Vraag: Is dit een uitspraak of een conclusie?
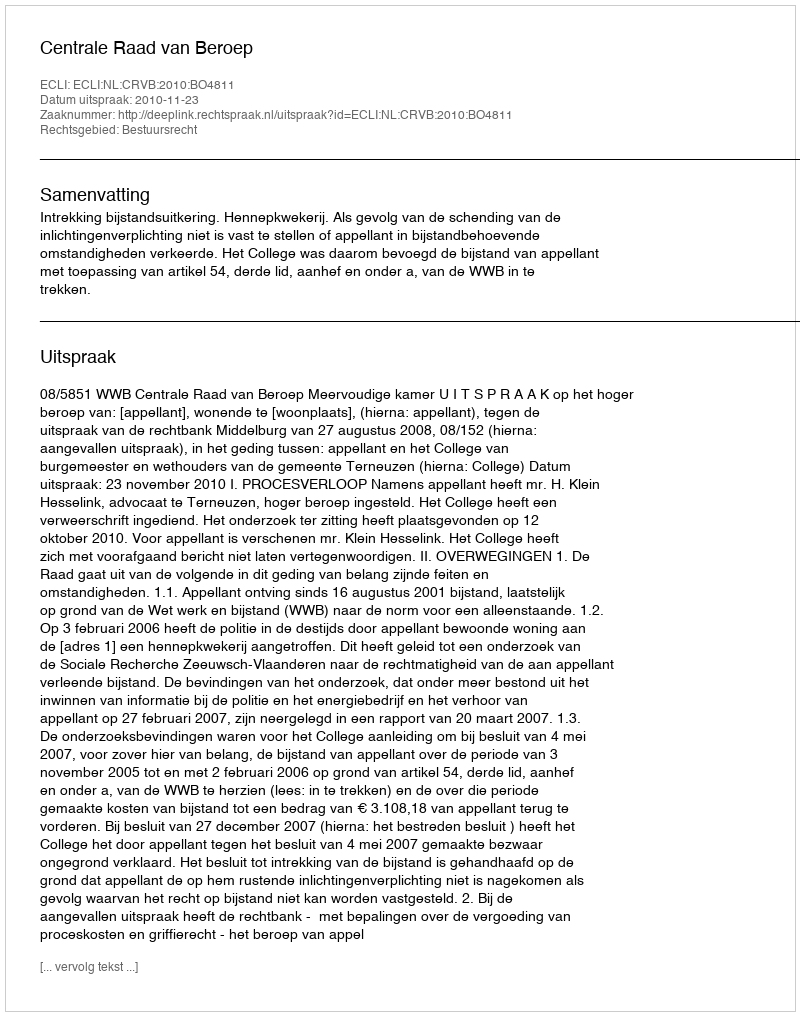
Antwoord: Uitspraak